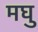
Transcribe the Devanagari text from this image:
मघु